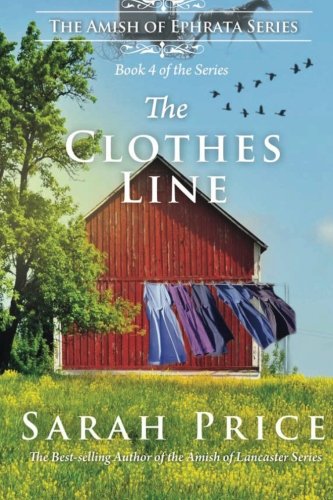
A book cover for The Clothes Line: The Amish of Ephrata: An Amish Novella on Morality; Sarah Price; Christian Books & Bibles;